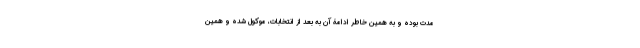
مدت بوده و به همین خاطر ادامۀ آن به بعد از انتخابات، موکول شده و همین